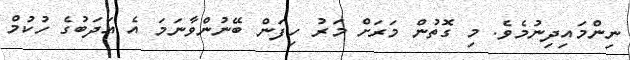
ނިންމައިދިނުމެވެ. މި ގޮތުން މަރަށް މަރު ހިފަން ބޭނުންވާނަމަ އެ އަދަބުގެ ހުކުމް